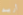
أريد